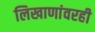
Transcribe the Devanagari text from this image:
लिखाणांवरही